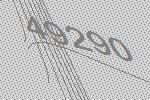
49290